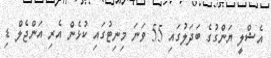
އެޝްލީ ޔަންގުގެ ބަދަލުގައި 55 ވަނަ މިނިޓުގައި ކުޅެން އެރި އަންޖެލް ޑި